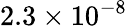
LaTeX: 2.3\times 10^{-8}